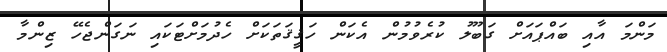
މަންމަ އާއި ބައްޕައަށް ގަބޫލު ކުރެވުމުން އެކަން ހަޤީޤަތަކަށް ހެދުމަށްޓަކައި ނަގަންޖެހޭ ޒިންމާ